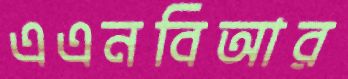
এএনবিআর